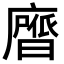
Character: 𭚃